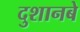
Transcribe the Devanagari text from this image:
दुशानबे